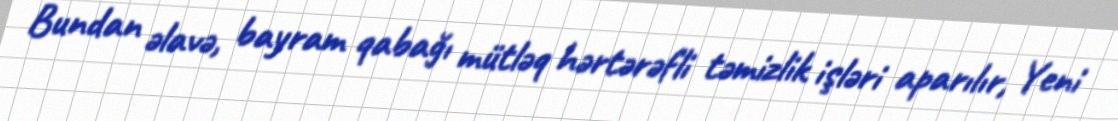
Bundan əlavə, bayram qabağı mütləq hərtərəfli təmizlik işləri aparılır, Yeni